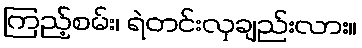
ကြည့်စမ်း၊ ရဲတင်းလှချည်းလား။